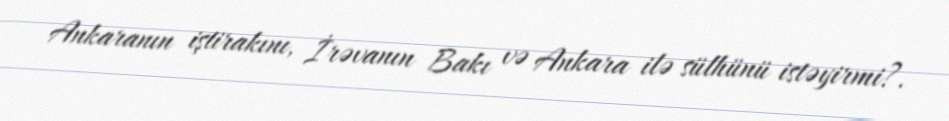
Ankaranın iştirakını, İrəvanın Bakı və Ankara ilə sülhünü istəyirmi?.